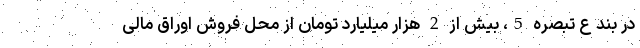
در بند ع تبصره 5، بیش از 2 هزار میلیارد تومان از محل فروش اوراق مالی